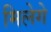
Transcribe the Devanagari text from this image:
मिलेगे